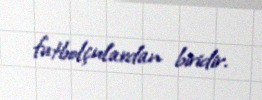
futbolçulardan biridir.